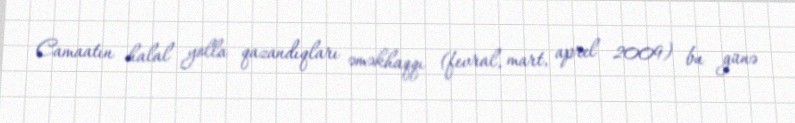
Camaatın halal yolla qazandıqları əməkhaqqı (fevral, mart, aprel 2009) bu günə